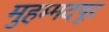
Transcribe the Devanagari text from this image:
मुहम्मदपूर